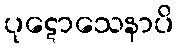
ပုဋောသေနာပိ